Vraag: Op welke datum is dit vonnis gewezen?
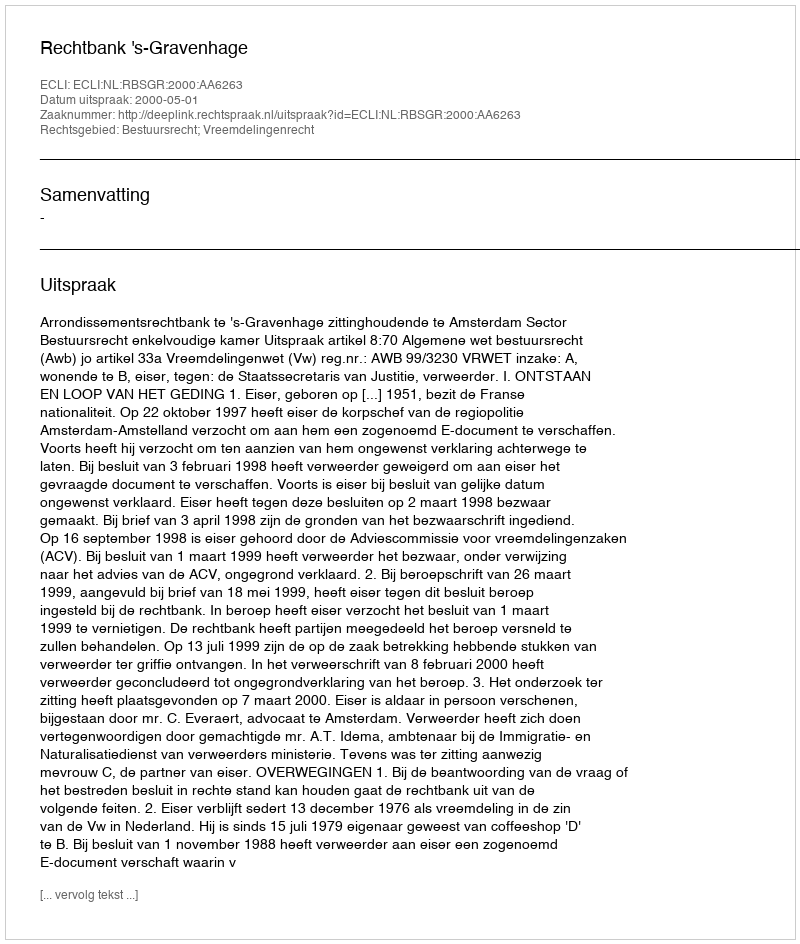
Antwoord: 2000-05-01